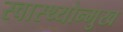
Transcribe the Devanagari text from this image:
स्वास्थ्योन्मुख